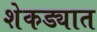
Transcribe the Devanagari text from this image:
शेकड्यात